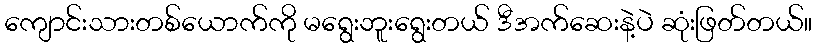
ကျောင်းသားတစ်ယောက်ကို မရွေးဘူးရွေးတယ် ဒီအက်ဆေးနဲ့ပဲ ဆုံးဖြတ်တယ်။